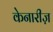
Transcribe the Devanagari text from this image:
केनारीज़